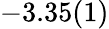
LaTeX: -3.35(1)